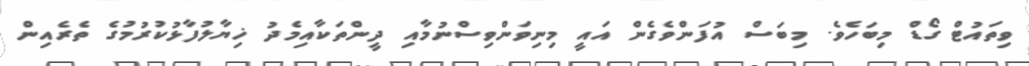
ވިތައުޓް ގޯޑް މިބަހެވެ. މިބަސް އުފަންވެގެން އައީ މިނިވަންވިސްނުމާއި ދީންތަކާއިމެދު ޚިޔާލުފާޅުކުރުމުގެ ތެރެއިން